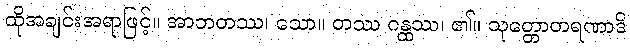
ထိုအချင်းအရာဖြင့်။ အာဘတဿ၊ သော။ တဿ ဂန္ထဿ၊ ၏။ သုတ္တောတရဏာဒိ